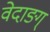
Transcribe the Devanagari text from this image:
वेदाङग्